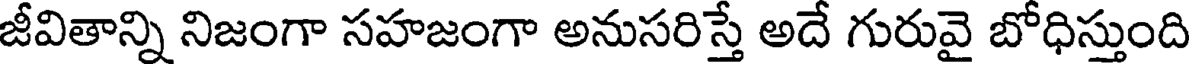
జీవితాన్ని నిజంగా సహజంగా అనుసరిస్తే అదే గురువై బోధిస్తుంది